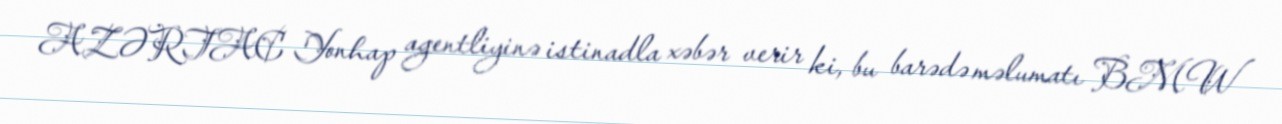
AZƏRTAC Yonhap agentliyinə istinadla xəbər verir ki, bu barədə məlumatı BMW